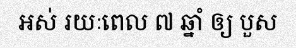
អស់ រយៈពេល ៧ ឆ្នាំ ឲ្យ បួស